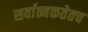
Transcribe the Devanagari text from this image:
सर्वात्मकतेतच